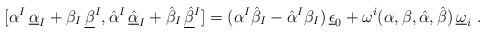
\begin{align*}[\alpha ^I\,\underline{\alpha}_I+\beta _I\,\underline{\beta}^I,\hat \alpha ^I\,\underline{\hat\alpha}_I+\hat \beta _I\,\underline{\hat\beta}{}^I]=(\alpha ^I\hat \beta _I -\hat \alpha ^I\beta _I)\,\underline{\epsilon}_0 +\omega^i(\alpha,\beta,\hat\alpha,\hat\beta)\, \underline{\omega}_i\ .\end{align*}